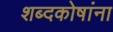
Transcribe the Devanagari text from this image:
शब्दकोषांना